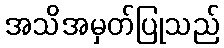
အသိအမှတ်ပြုသည်